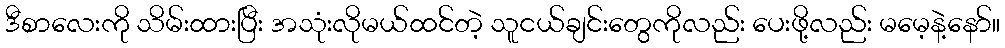
ဒီစာလေးကို သိမ်းထားပြီး အသုံးလိုမယ်ထင်တဲ့ သူငယ်ချင်းတွေကိုလည်း ပေးဖို့လည်း မမေ့နဲ့နော်။